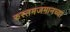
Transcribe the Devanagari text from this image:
रुस्तमजमानच्या